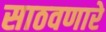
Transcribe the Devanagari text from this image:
साठवणारे